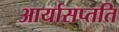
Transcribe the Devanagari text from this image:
आर्यासप्तति